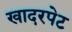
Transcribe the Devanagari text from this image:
खादरपेट